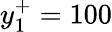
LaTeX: y_{1}^{+}=100